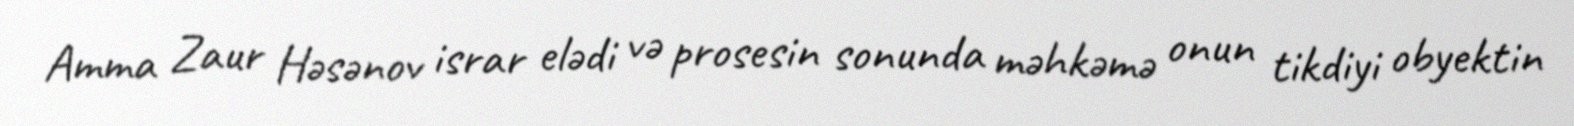
Amma Zaur Həsənov israr elədi və prosesin sonunda məhkəmə onun tikdiyi obyektin